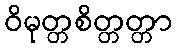
ဝိမုတ္တစိတ္တတ္တာ